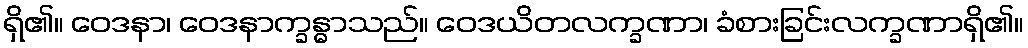
ရှိ၏။ ဝေဒနာ၊ ဝေဒနာက္ခန္ဓာသည်။ ဝေဒယိတလက္ခဏာ၊ ခံစားခြင်းလက္ခဏာရှိ၏။